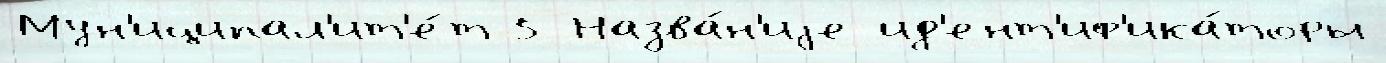
Мун'иципал'ит'е́т 5 Назва́н'иjе ид'ент'иф'ика́торы